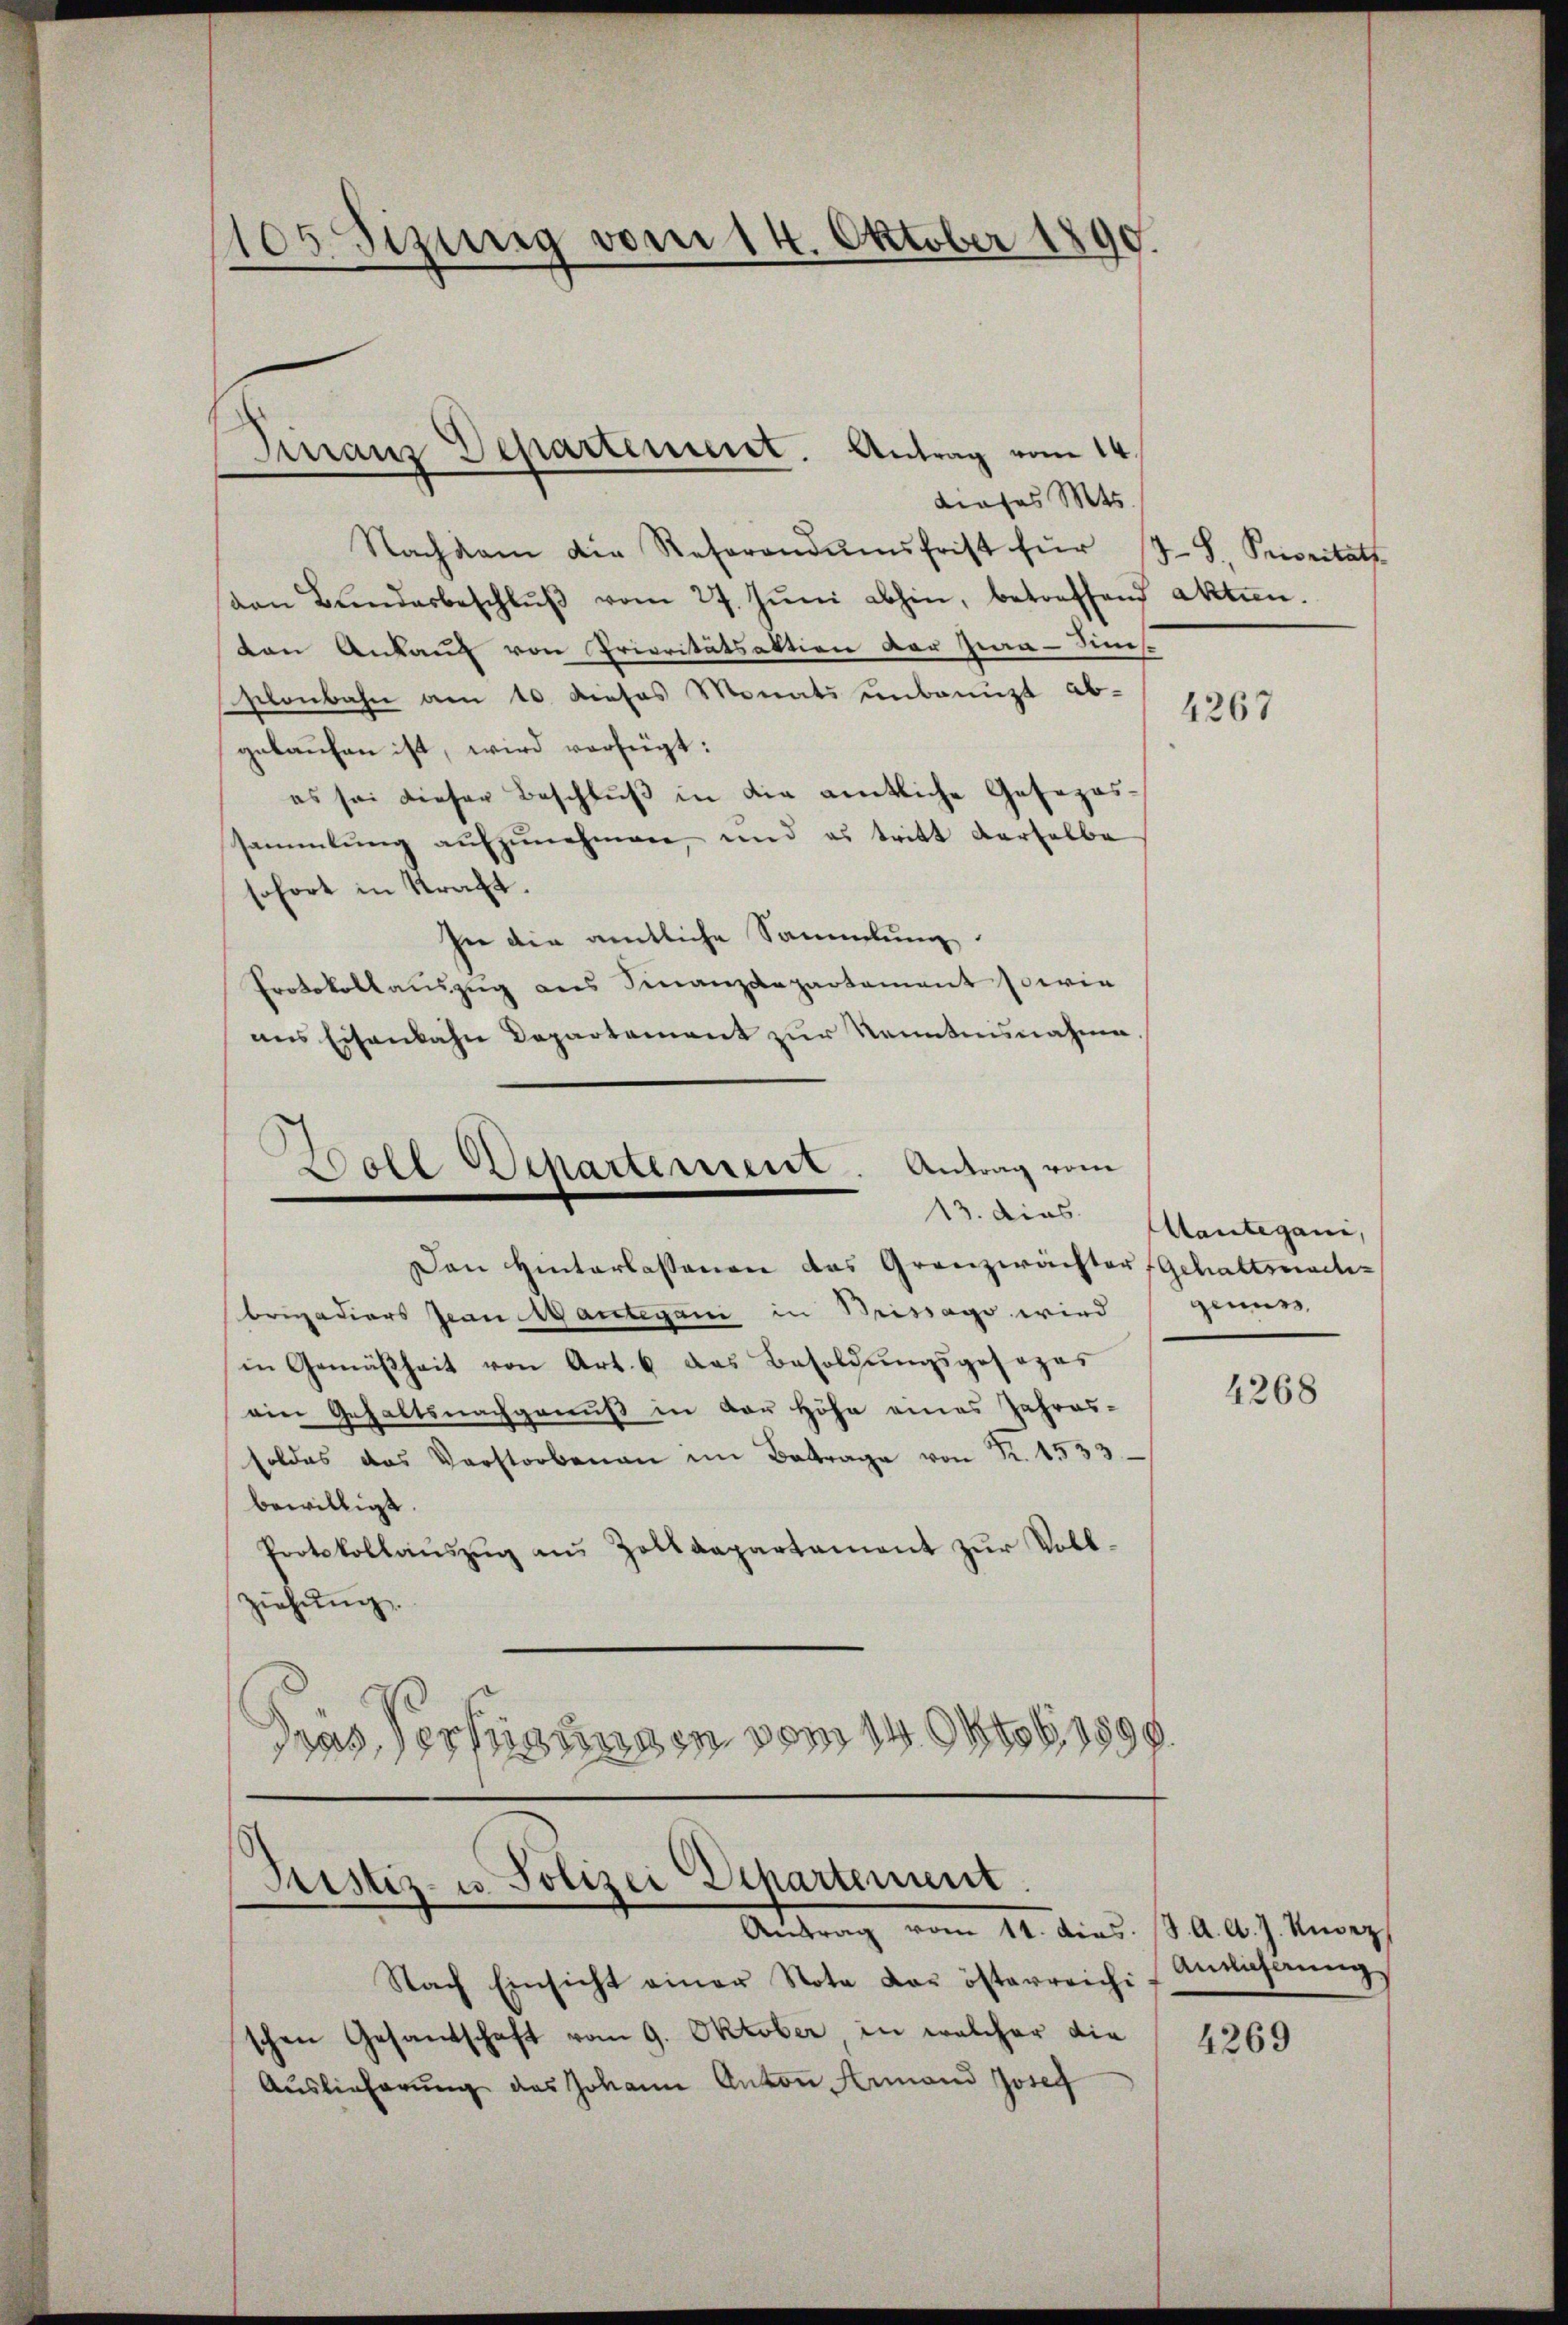
105 Sizung vom 14. Oktober 1890.

Finanz Departement. Antrag vom 14.

dieses Mts.
Nachkam die Referandŭmsfrist für 178. Severitats
von Bŭndesbeschlŭβ vom 27. Jŭni abhin, betreffend Akten.
ten Ankauf von Prioritätsaktion der Zwa-Sinis
selonbahn am 10. Dieses Monats unbenuzt ab-
gelaufen ist, wird verfügt:
es sei dieser Beschluß in die amtliche Gesezessammlung aŭfzŭnehmen, und es tritt derselbe
sofort in Straft.
In die amtliche Sammlung.
Protokollauszug aus Finanzdepartement sowie
ans Eisenbahn Departement zur Kenntnisnahme.

Boll Departement. Antrag vom
13. dies

Den Hinterlassenen das Granzwächter Gehaltsmachbrigadiers Jean Mantegani in Brissago wird
in Gemäßheit von Art. 6 das Besoldŭngsposozas
ein Gehaltsnachgenuß in der Höhe eines Jahres-
soldes das Verstorbenen im Betrage von K. 1533
bewilligt.
Protokollaŭszŭg an Zaltdepartament zŭr Vollziehung.
Das Verfügungen vom 14. Oktob. 1890.

Justiz- u. Polizei Departement.
Antrag vom 11. dies. S. A. A. J. Unsez

Nach Einsicht einer Nota der österreichi
schen Gesandschaft vom 9. Oktober in welcher die
Aŭslieferŭng des Johann Anton Hermand Josef

4267

Aantegani,
genue

4268

Annäherung

4269